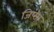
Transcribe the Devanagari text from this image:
जिप्सा